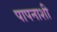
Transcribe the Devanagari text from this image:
पापनाशी